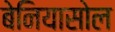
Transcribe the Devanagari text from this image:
बेनियासोल